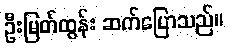
ဦးမြတ်ထွန်း ဆက်ပြောသည်။